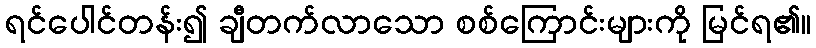
ရင်ပေါင်တန်း၍ ချီတက်လာသော စစ်ကြောင်းများကို မြင်ရ၏။